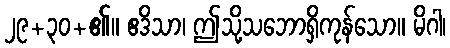
၂၉+၃၀+၏။ ဧဒိသာ၊ ဤသို့သဘောရှိကုန်သော။ မိဂါ၊